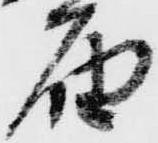
届